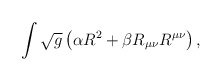
\begin{align*}\int \sqrt{g}\left( \alpha R^{2}+\beta R_{\mu \nu }R^{\mu \nu }\right) ,\end{align*}